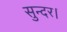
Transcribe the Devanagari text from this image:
सुन्दर।